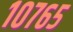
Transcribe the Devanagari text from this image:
१०७६५